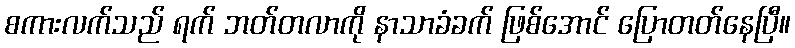
စကားလက်သည် ရက် ဘတ်တလာကို နာသာခံခက် ဖြစ်အောင် ပြောတတ်နေပြီ။